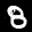
Digit: 8